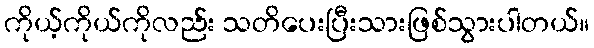
ကိုယ့်ကိုယ်ကိုလည်း သတိပေးပြီးသားဖြစ်သွားပါတယ်။